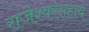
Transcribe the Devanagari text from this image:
राजेश्वरसहाय